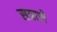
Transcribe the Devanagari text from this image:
सत्राणे